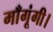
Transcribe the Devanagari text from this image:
माँगूंगी।